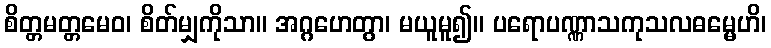
စိတ္တမတ္တမေဝ၊ စိတ်မျှကိုသာ။ အဂ္ဂဟေတွာ၊ မယူမူ၍။ ပရောပဏ္ဏာသကုသလဓမ္မေဟိ၊